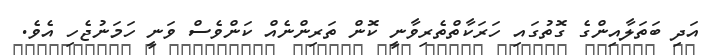
އަދި ބަތަލާއިންގެ ގޮތުގައި ހަރަކާތްތެރިވާނީ ކޮން ތަރިންނެއް ކަންވެސް ވަނީ ހަމަނުޖެހި އެވެ.